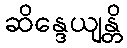
ဆိန္ဒေယျန္တိ